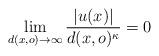
LaTeX: \begin{align*}\lim_{d(x,o)\to\infty}\frac{|u(x)|}{d(x,o)^{\kappa}}=0\end{align*}